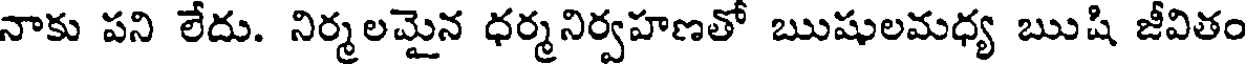
నాకు పని లేదు. నిర్మలమైన ధర్మనిర్వహణతో ఋషులమధ్య ఋషి జీవితం